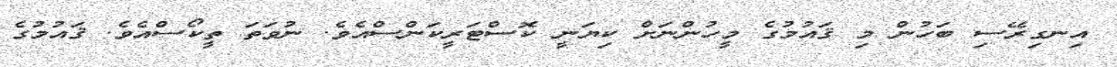
އިނގިރޭސި ބަހުން މި ޤައުމުގެ މީހުންނަށް ކިޔަނީ ކޮސްޓަރީކަންސްއެވެ. ނުވަތަ ތީކޯސްއެވެ. ޤައުމުގެ